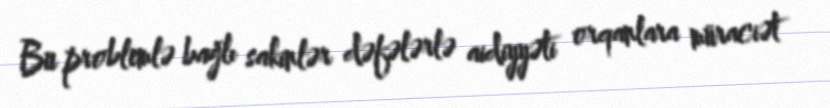
Bu problemlə bağlı sakinlər dəfələrlə aidiyyəti orqanlara müraciət